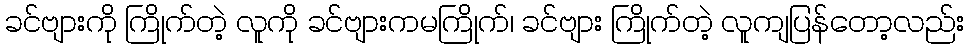
ခင်ဗျားကို ကြိုက်တဲ့ လူကို ခင်ဗျားကမကြိုက်၊ ခင်ဗျား ကြိုက်တဲ့ လူကျပြန်တော့လည်း